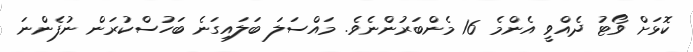
ކޮޅަށް ވޯޓު ދެއްވީ އެންމެ 16 މެންބަރުންނެވެ. މައްސަލަ ބަލައިގަނެ ބަހުސްކުރަން ނުފެންނަ